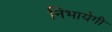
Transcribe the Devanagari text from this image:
निभायेगी